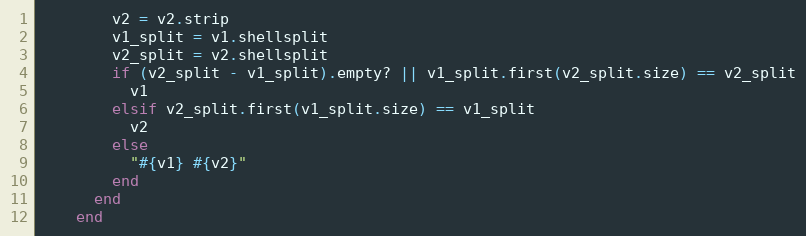
Language: Ruby
        v2 = v2.strip
        v1_split = v1.shellsplit
        v2_split = v2.shellsplit
        if (v2_split - v1_split).empty? || v1_split.first(v2_split.size) == v2_split
          v1
        elsif v2_split.first(v1_split.size) == v1_split
          v2
        else
          "#{v1} #{v2}"
        end
      end
    end